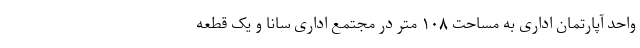
واحد آپارتمان اداری به مساحت ۱۰۸ متر در مجتمع اداری سانا و یک قطعه